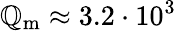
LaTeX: \mathbb{Q}_{\mathrm{{m}}}\approx3.2\cdot10^{3}